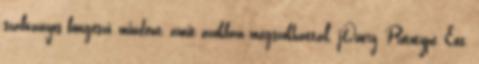
szabványos böngésző, mindent, amit azokban megszokhattál. jQuery, Prototype, Ext,